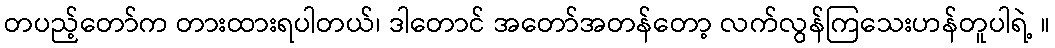
တပည့်တော်က တားထားရပါတယ်၊ ဒါတောင် အတော်အတန်တော့ လက်လွန်ကြသေးဟန်တူပါရဲ့ ။